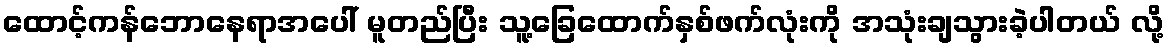
ထောင့်ကန်ဘောနေရာအပေါ် မူတည်ပြီး သူ့ခြေထောက်နှစ်ဖက်လုံးကို အသုံးချသွားခဲ့ပါတယ် လို့